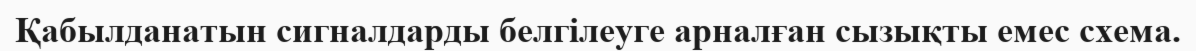
Қабылданатын сигналдарды белгілеуге арналған сызықты емес схема.